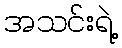
အသင်းရဲ့